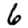
Digit: 6